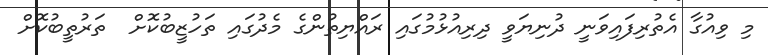
މި ވިއުގާ އެތުރިފައިވަނީ ދުނިޔަވީ ދިރިއުޅުމުގައި ރައްޔިތުންގެ މެދުގައި ތަހުޒީބުކޮށް  ތަރުތީބުކޮށް